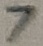
Text: 7